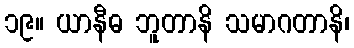
၁၉။ ယာနီဓ ဘူတာနိ သမာဂတာနိ၊